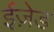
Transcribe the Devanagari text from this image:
ईज़ेड